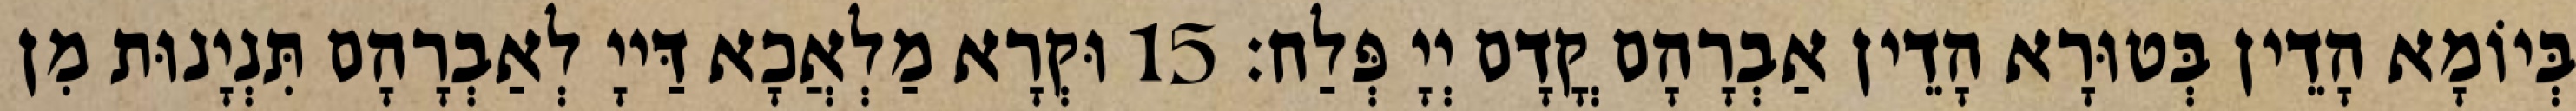
בְּיוֹמָא הָדֵין בְּטוּרָא הָדֵין אַבְרָהָם קֳדָם יְיָ פְּלַח׃ 15 וּקְרָא מַלְאֲכָא דַּייָ לְאַבְרָהָם תִּנְיָנוּת מִן